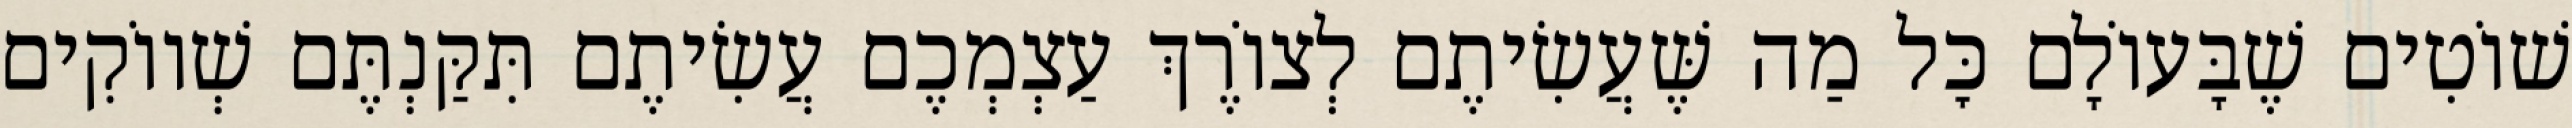
שׁוֹטִים שֶׁבָּעוֹלָם כׇּל מַה שֶּׁעֲשִׂיתֶם לְצוֹרֶךְ עַצְמְכֶם עֲשִׂיתֶם תִּקַּנְתֶּם שְׁווֹקִים